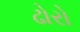
ઢોરો